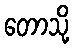
တောသို့